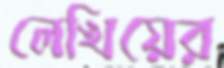
লেখিয়ের